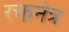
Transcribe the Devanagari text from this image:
रक्तनेत्र